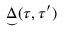
{ \underset { \smile } { \Delta } } ( \tau , \tau ^ { \prime } )